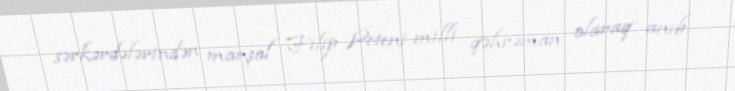
sərkərdələrindən marşal Filip Peteni milli qəhrəman olaraq anıb.